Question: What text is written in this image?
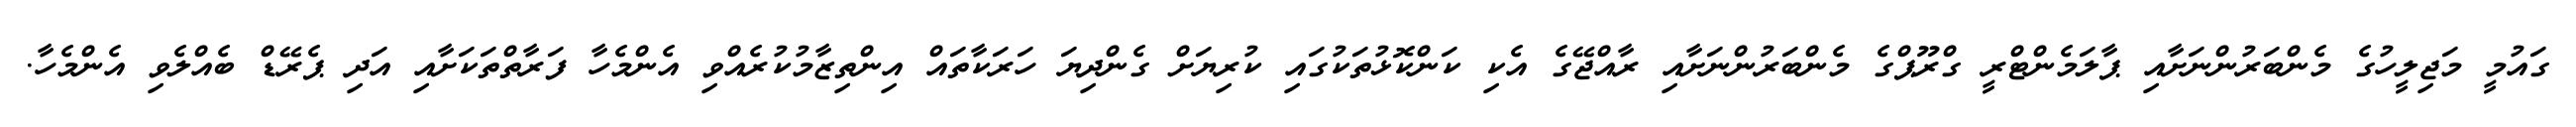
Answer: ގައުމީ މަޖިލީހުގެ މެންބަރުންނަށާއި ޕާލަމެންޓްރީ ގްރޫޕްގެ މެންބަރުންނަށާއި ރާއްޖޭގެ އެކި ކަންކޮޅުތަކުގައި ކުރިޔަށް ގެންދިޔަ ހަރަކާތައް އިންތިޒާމުކުރެއްވި އެންމެހާ ފަރާތްތަކަށާއި އަދި ޕެރޭޑް ބެއްލެވި އެންމެހާ.